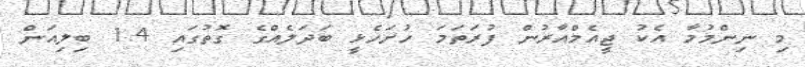
މި ނިންމުމާ އެކު ޖީއެމްއާރުން ފުރަތަމަ ހުށަހެޅީ ބަދަލެއްގެ ގޮތުގައި 1.4 ބިލިއަން